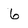
Character: 6